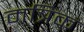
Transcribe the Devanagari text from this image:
मत्रिक